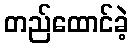
တည်ထောင်ခဲ့